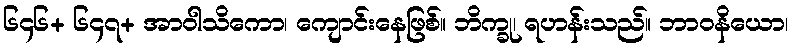
၆၄၆+ ၆၄၇+ အာဝါသိကော၊ ကျောင်းနေဖြစ်။ ဘိက္ခု၊ ရဟန်းသည်။ ဘာဝနိယော၊